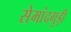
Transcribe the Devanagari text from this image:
सेमांदगुड़ी